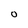
Character: 0